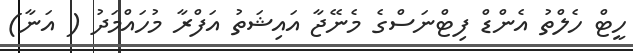
ހީޓް ހެލްތު އެންޑް ފިޓްނަސްގެ މެނޭޖާ އައިޝަތު އަފްރާ މުހައްމަދު ( އަނާ)